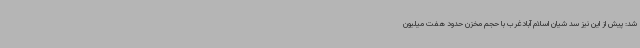
شد: پیش از این نیز سد شیان اسلام آبادغرب با حجم مخزن حدود هفت میلیون